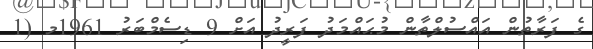
ގެ ފަރާތުން އައްސުލްތާން މުޙައްމަދު ފަރީދު އަށް 9 ޑިސެމްބަރު 1961މ (1